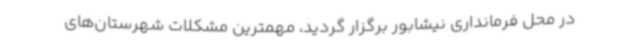
در محل فرمانداری نیشابور برگزار گردید، مهمترین مشکلات شهرستان‌های